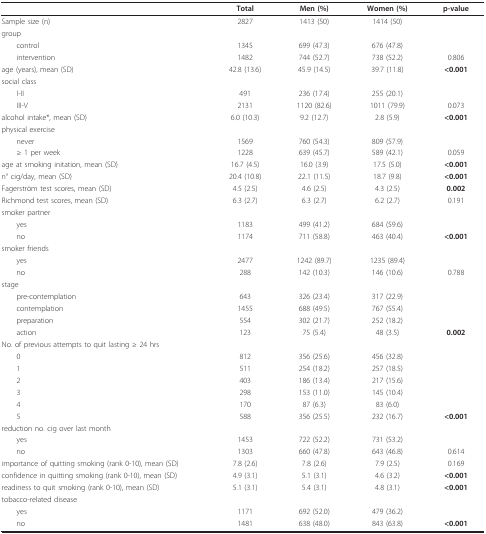
<table><thead><tr><td></td><td><b>Total</b></td><td><b>Men (%)</b></td><td><b>Women (%)</b></td><td><b>p-value</b></td></tr></thead><tbody><tr><td>Sample size (n)</td><td>2827</td><td>1413 (50)</td><td>1414 (50)</td><td></td></tr><tr><td>group</td><td></td><td></td><td></td><td></td></tr><tr><td> control</td><td>1345</td><td>699 (47.3)</td><td>676 (47.8)</td><td></td></tr><tr><td> intervention</td><td>1482</td><td>744 (52.7)</td><td>738 (52.2)</td><td>0.806</td></tr><tr><td>age (years), mean (SD)</td><td>42.8 (13.6)</td><td>45.9 (14.5)</td><td>39.7 (11.8)</td><td><b>&lt;0.001</b></td></tr><tr><td>social class</td><td></td><td></td><td></td><td></td></tr><tr><td> I-II</td><td>491</td><td>236 (17.4)</td><td>255 (20.1)</td><td></td></tr><tr><td> III-V</td><td>2131</td><td>1120 (82.6)</td><td>1011 (79.9)</td><td>0.073</td></tr><tr><td>alcohol intake*, mean (SD)</td><td>6.0 (10.3)</td><td>9.2 (12.7)</td><td>2.8 (5.9)</td><td><b>&lt;0.001</b></td></tr><tr><td>physical exercise</td><td></td><td></td><td></td><td></td></tr><tr><td> never</td><td>1569</td><td>760 (54.3)</td><td>809 (57.9)</td><td></td></tr><tr><td> ≥ 1 per week</td><td>1228</td><td>639 (45.7)</td><td>589 (42.1)</td><td>0.059</td></tr><tr><td>age at smoking initation, mean (SD)</td><td>16.7 (4.5)</td><td>16.0 (3.9)</td><td>17.5 (5.0)</td><td><b>&lt;0.001</b></td></tr><tr><td>n° cig/day, mean (SD)</td><td>20.4 (10.8)</td><td>22.1 (11.5)</td><td>18.7 (9.8)</td><td><b>&lt;0.001</b></td></tr><tr><td>Fagerström test scores, mean (SD)</td><td>4.5 (2.5)</td><td>4.6 (2.5)</td><td>4.3 (2.5)</td><td><b>0.002</b></td></tr><tr><td>Richmond test scores, mean (SD)</td><td>6.3 (2.7)</td><td>6.3 (2.7)</td><td>6.2 (2.7)</td><td>0.191</td></tr><tr><td>smoker partner</td><td></td><td></td><td></td><td></td></tr><tr><td> yes</td><td>1183</td><td>499 (41.2)</td><td>684 (59.6)</td><td></td></tr><tr><td> no</td><td>1174</td><td>711 (58.8)</td><td>463 (40.4)</td><td><b>&lt;0.001</b></td></tr><tr><td>smoker friends</td><td></td><td></td><td></td><td></td></tr><tr><td> yes</td><td>2477</td><td>1242 (89.7)</td><td>1235 (89.4)</td><td></td></tr><tr><td> no</td><td>288</td><td>142 (10.3)</td><td>146 (10.6)</td><td>0.788</td></tr><tr><td>stage</td><td></td><td></td><td></td><td></td></tr><tr><td> pre-contemplation</td><td>643</td><td>326 (23.4)</td><td>317 (22.9)</td><td></td></tr><tr><td> contemplation</td><td>1455</td><td>688 (49.5)</td><td>767 (55.4)</td><td></td></tr><tr><td> preparation</td><td>554</td><td>302 (21.7)</td><td>252 (18.2)</td><td></td></tr><tr><td> action</td><td>123</td><td>75 (5.4)</td><td>48 (3.5)</td><td><b>0.002</b></td></tr><tr><td>No. of previous attempts to quit lasting ≥ 24 hrs</td><td></td><td></td><td></td><td></td></tr><tr><td> 0</td><td>812</td><td>356 (25.6)</td><td>456 (32.8)</td><td></td></tr><tr><td> 1</td><td>511</td><td>254 (18.2)</td><td>257 (18.5)</td><td></td></tr><tr><td> 2</td><td>403</td><td>186 (13.4)</td><td>217 (15.6)</td><td></td></tr><tr><td> 3</td><td>298</td><td>153 (11.0)</td><td>145 (10.4)</td><td></td></tr><tr><td> 4</td><td>170</td><td>87 (6.3)</td><td>83 (6.0)</td><td></td></tr><tr><td> 5</td><td>588</td><td>356 (25.5)</td><td>232 (16.7)</td><td><b>&lt;0.001</b></td></tr><tr><td>reduction no. cig over last month</td><td></td><td></td><td></td><td></td></tr><tr><td> yes</td><td>1453</td><td>722 (52.2)</td><td>731 (53.2)</td><td></td></tr><tr><td> no</td><td>1303</td><td>660 (47.8)</td><td>643 (46.8)</td><td>0.614</td></tr><tr><td>importance of quitting smoking (rank 0-10), mean (SD)</td><td>7.8 (2.6)</td><td>7.8 (2.6)</td><td>7.9 (2.5)</td><td>0.169</td></tr><tr><td>confidence in quitting smoking (rank 0-10), mean (SD)</td><td>4.9 (3.1)</td><td>5.1 (3.1)</td><td>4.6 (3.2)</td><td><b>&lt;0.001</b></td></tr><tr><td>readiness to quit smoking (rank 0-10), mean (SD)</td><td>5.1 (3.1)</td><td>5.4 (3.1)</td><td>4.8 (3.1)</td><td><b>&lt;0.001</b></td></tr><tr><td>tobacco-related disease</td><td></td><td></td><td></td><td></td></tr><tr><td> yes</td><td>1171</td><td>692 (52.0)</td><td>479 (36.2)</td><td></td></tr><tr><td> no</td><td>1481</td><td>638 (48.0)</td><td>843 (63.8)</td><td><b>&lt;0.001</b></td></tr></tbody></table>